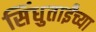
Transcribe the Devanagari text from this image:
सिंधुताईंच्या